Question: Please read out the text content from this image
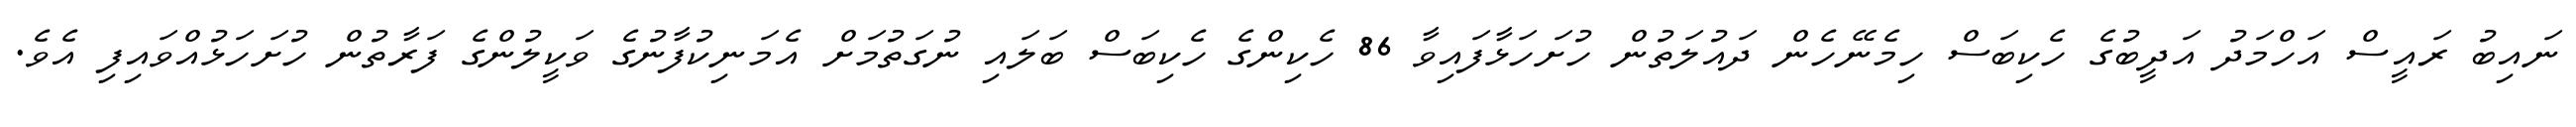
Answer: ނައިބު ރައީސް އަހްމަދު އަދީބުގެ ހެކިބަސް ހިމެނޭހެން ދައުލަތުން ހުށަހަޅާފައިވާ 86 ހެކިންގެ ހެކިބަސް ބަލައި ނުގަތުމަށް އެމަނިކުފާނުގެ ވަކީލުންގެ ފަރާތުން ހުށަހަޅުއްވައިފި އެވެ.